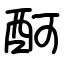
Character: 酠